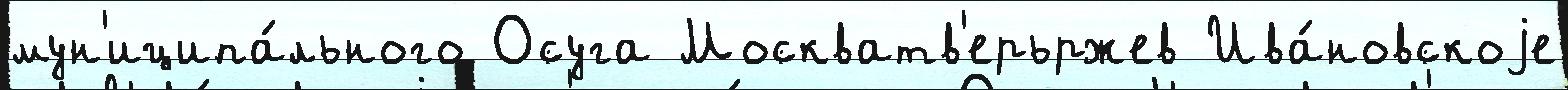
мун'иципа́льного Осуга Москватв'ерьржев Ива́новскоjе